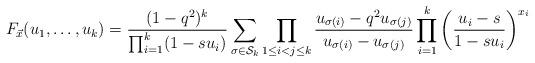
LaTeX: \begin{align*}F_{\vec{x}}(u_{1}, \ldots , u_{k})=\frac{(1-q^2)^{k}}{\prod_{i=1}^{k}(1-su_{i})}\sum_{\sigma \in \mathcal{S}_{k}}\prod_{1\le i<j \le k}\frac{u_{\sigma(i)}-q^{2}u_{\sigma(j)}}{u_{\sigma(i)}-u_{\sigma(j)}} \prod_{i=1}^{k}\left(\frac{u_{i}-s}{1-su_{i}}\right)^{x_{i}} \end{align*}